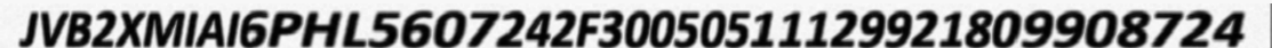
JVB2XMIAI6PHL5607242F30050511129921809908724